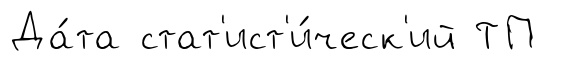
Да́та стат'ист'и́ческ'ий ТП